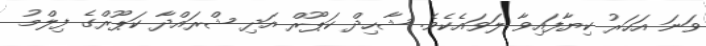
ވަނަ އަހަރު ކިޔާފައިވާ ލަވައެކެވެ. ޝާހިދް ކަޕޫރް އަދި ޝްރައްދާ ކަޕޫރްގެ ފިލްމު